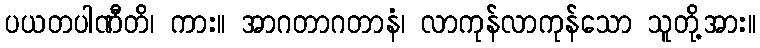
ပယတပါဏီတိ၊ ကား။ အာဂတာဂတာနံ၊ လာကုန်လာကုန်သော သူတို့အား။